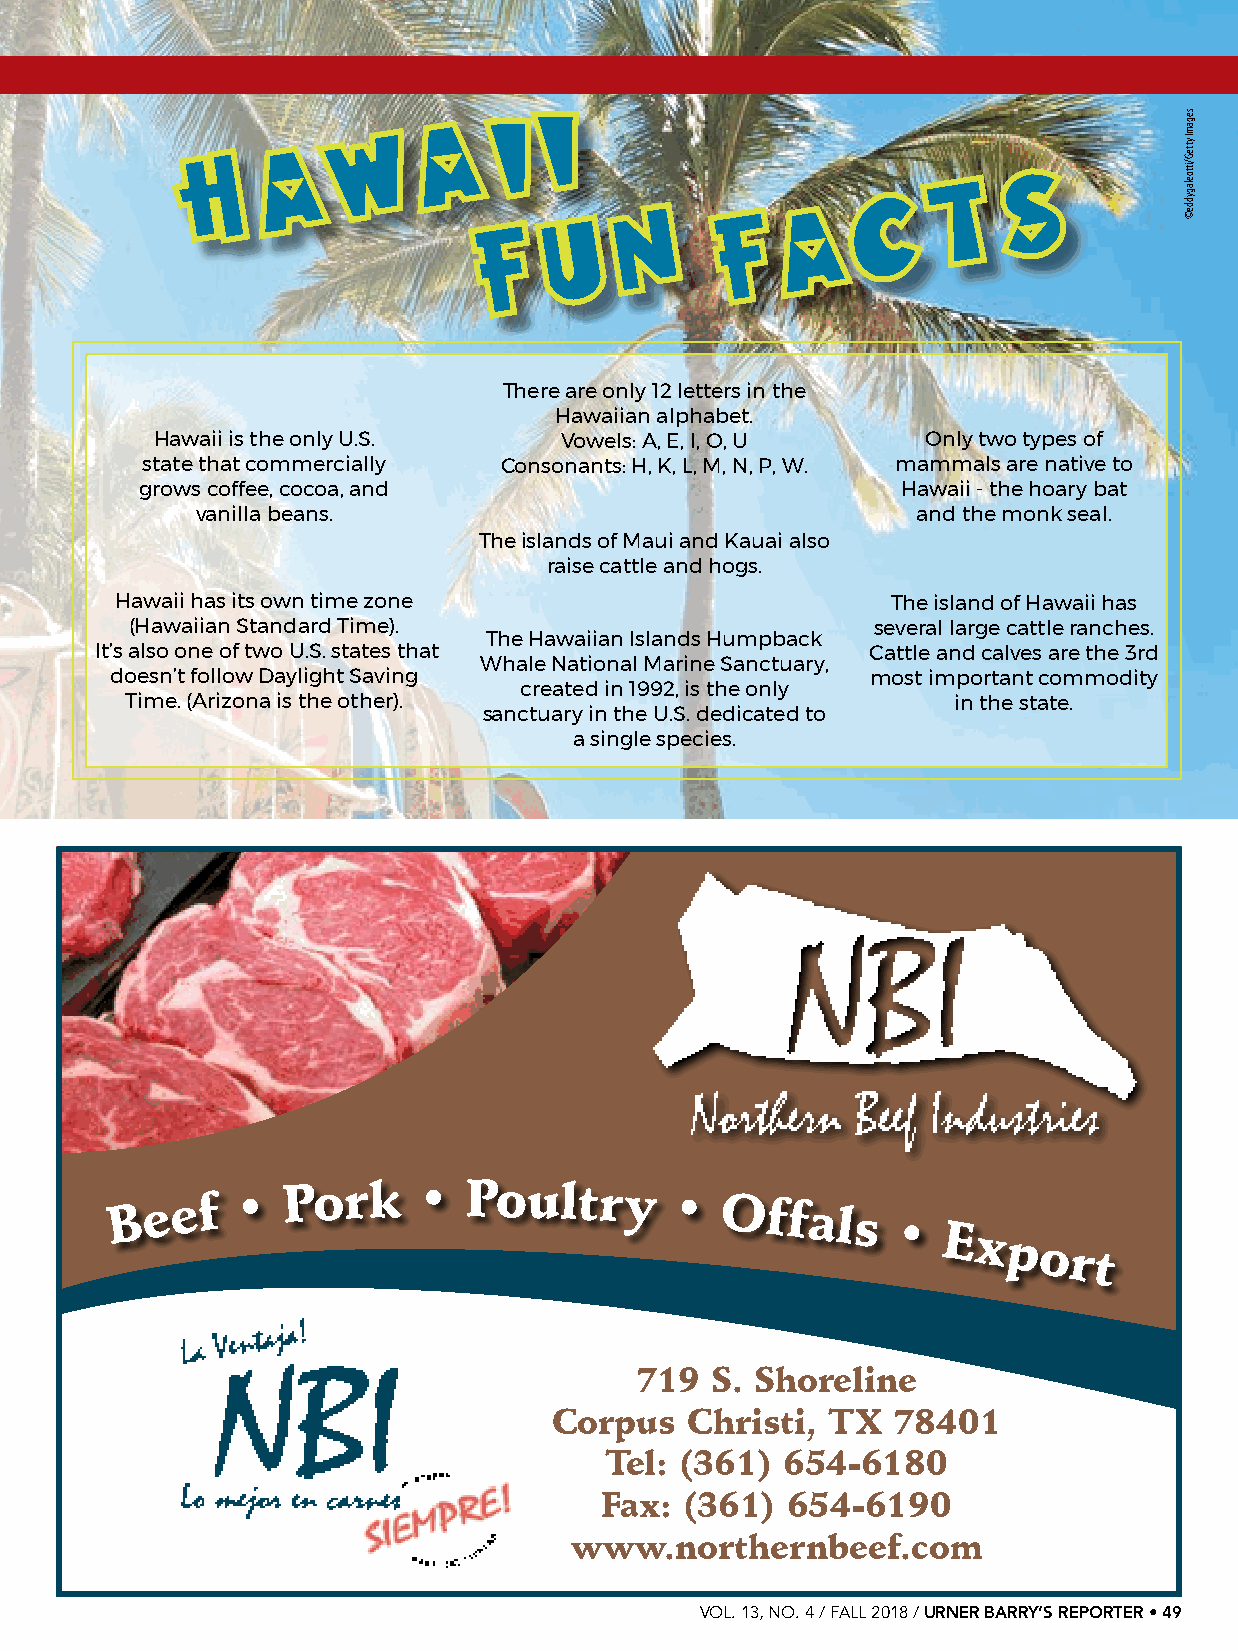
Cage-free eggs making moves …
 There are only 12 letters in the
 Hawaiian alphabet.
 Hawaii is the only U.S.    Vowels: A, E, I, O, U   Only two types of
 state that commercially Consonants: H, K, L, M, N, P, W. mammals are native to
 grows coffee, cocoa, and                           Hawaii - the hoary bat
 vanilla beans.                                  and the monk seal.
 The islands of Maui and Kauai also
 raise cattle and hogs.
 Hawaii has its own time zone                       The island of Hawaii has
 (Hawaiian Standard Time).                        several large cattle ranches.
 The Hawaiian Islands Humpback
 It’s also one of two U.S. states that               Cattle and calves are the 3rd
 Whale National Marine Sanctuary,
 doesn’t follow Daylight Saving                     most important commodity
 created in 1992, is the only
 Time. (Arizona is the other).                          in the state.
 sanctuary in the U.S. dedicated to
 a single species.
 B  e e f •
 Pork     •  Poultry
 •  Offals
 •
 Export
 719  S. Shoreline
 Corpus  Christi,  TX  78401
 Tel: (361)  654-6180
 Fax: (361)  654-6190
 www.northernbeef.com
 VOL. 13, NO. 4 / FALL 2018 / URNER BARRY’S REPORTER • 49
 segamI
 ytteG/ittoelagydde©